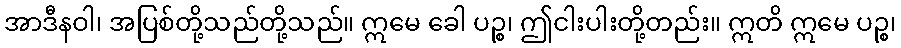
အာဒီနဝါ၊ အပြစ်တို့သည်တို့သည်။ ဣမေ ခေါ ပဉ္စ၊ ဤငါးပါးတို့တည်း။ ဣတိ ဣမေ ပဉ္စ၊